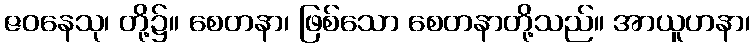
ဇဝနေသု၊ တို့၌။ စေတနာ၊ ဖြစ်သော စေတနာတို့သည်။ အာယူဟနာ၊